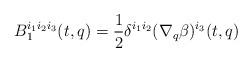
LaTeX: \begin{align*}B_1^{i_1i_2i_3}(t,q)=\frac{1}{2}\delta^{i_1i_2}(\nabla_q \beta)^{i_3}(t,q)\end{align*}